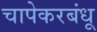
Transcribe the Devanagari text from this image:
चापेकरबंधू